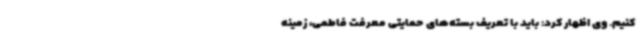
کنیم. وی اظهار کرد: باید با تعریف بسته‌های حمایتی معرفت فاطمی، زمینه